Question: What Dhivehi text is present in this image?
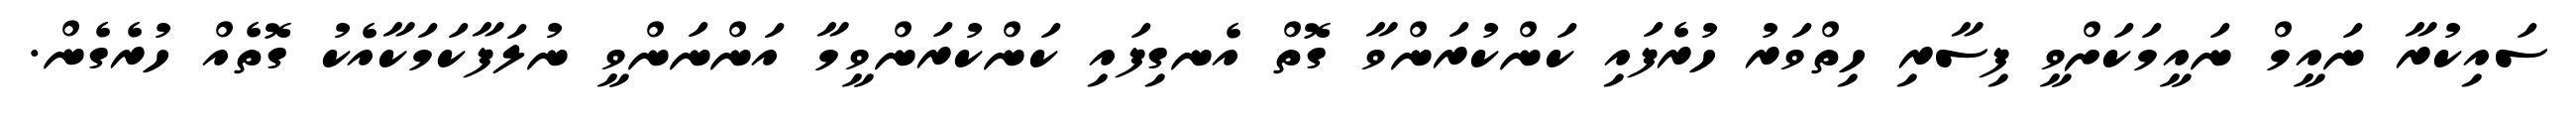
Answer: ސައިކުރާ ނައީމް ނައީމަކަށްވީ ފިސާރި ހިތްވަރު ހުރެފައި ކަންކުރަންވާ ގޮތް އެނގިފައި ކަންކުރަންވީމާ އަންނަންވީ ނުލަފާކަމަކާއެކު ގޮތެއް ހުރެގެން.